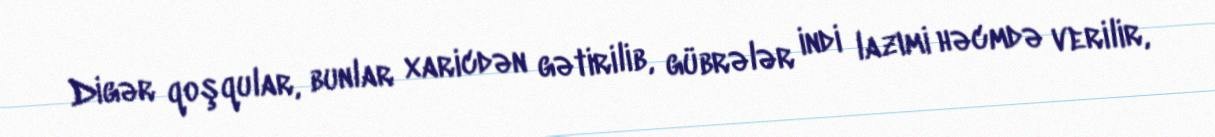
Digər qoşqular, bunlar xaricdən gətirilib, gübrələr indi lazımi həcmdə verilir,